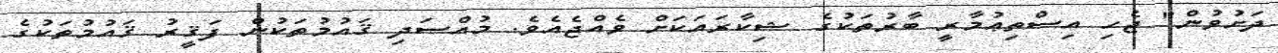
ދަށުވުން" ޖެހި އިސްތިޢުމާރީ ބާރުތަކުގެ ޝިކާރައަކަށް ވެއްޖެއެވެ. މުއްސަދި ޤައުމުތަކުން ފަޤީރު ޤައުމުތަކުގެ